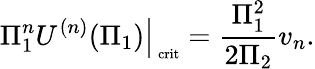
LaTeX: \left.\Pi_{1}^{n}U^{(n)}(\Pi_{1})\right|_{\mathrm{\scriptsize~crit}}=\frac{\Pi_{1}^{2}}{2\Pi_{2}}v_{n}.